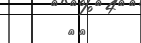
٧١